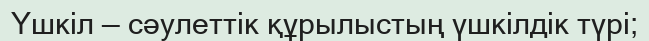
Үшкіл — сәулеттік құрылыстың үшкілдік түрі;